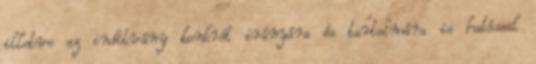
illetve az indítvány konkrét irányára és tartalmára is hatással